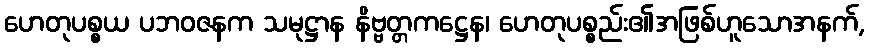
ဟေတုပစ္စယ ပဘဝဇနက သမုဋ္ဌာန နိဗ္ဗတ္တကဋ္ဌေန၊ ဟေတုပစ္စည်း၏အဖြစ်ဟူသောအနက်,